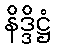
နိဒ္ဒိဋ္ဌံ